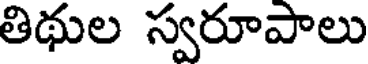
తిథుల స్వరూపాలు